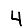
Digit: 4